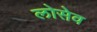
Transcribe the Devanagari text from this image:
लोसेव